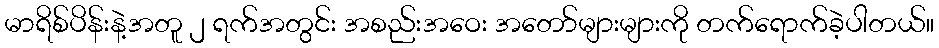
မာရိစ်ပိန်းနဲ့အတူ ၂ ရက်အတွင်း အစည်းအဝေး အတော်များများကို တက်ရောက်ခဲ့ပါတယ်။